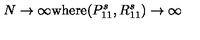
N \rightarrow \infty \mathrm { w h e r e } ( P _ { 1 1 } ^ { s } , R _ { 1 1 } ^ { s } ) \rightarrow \infty